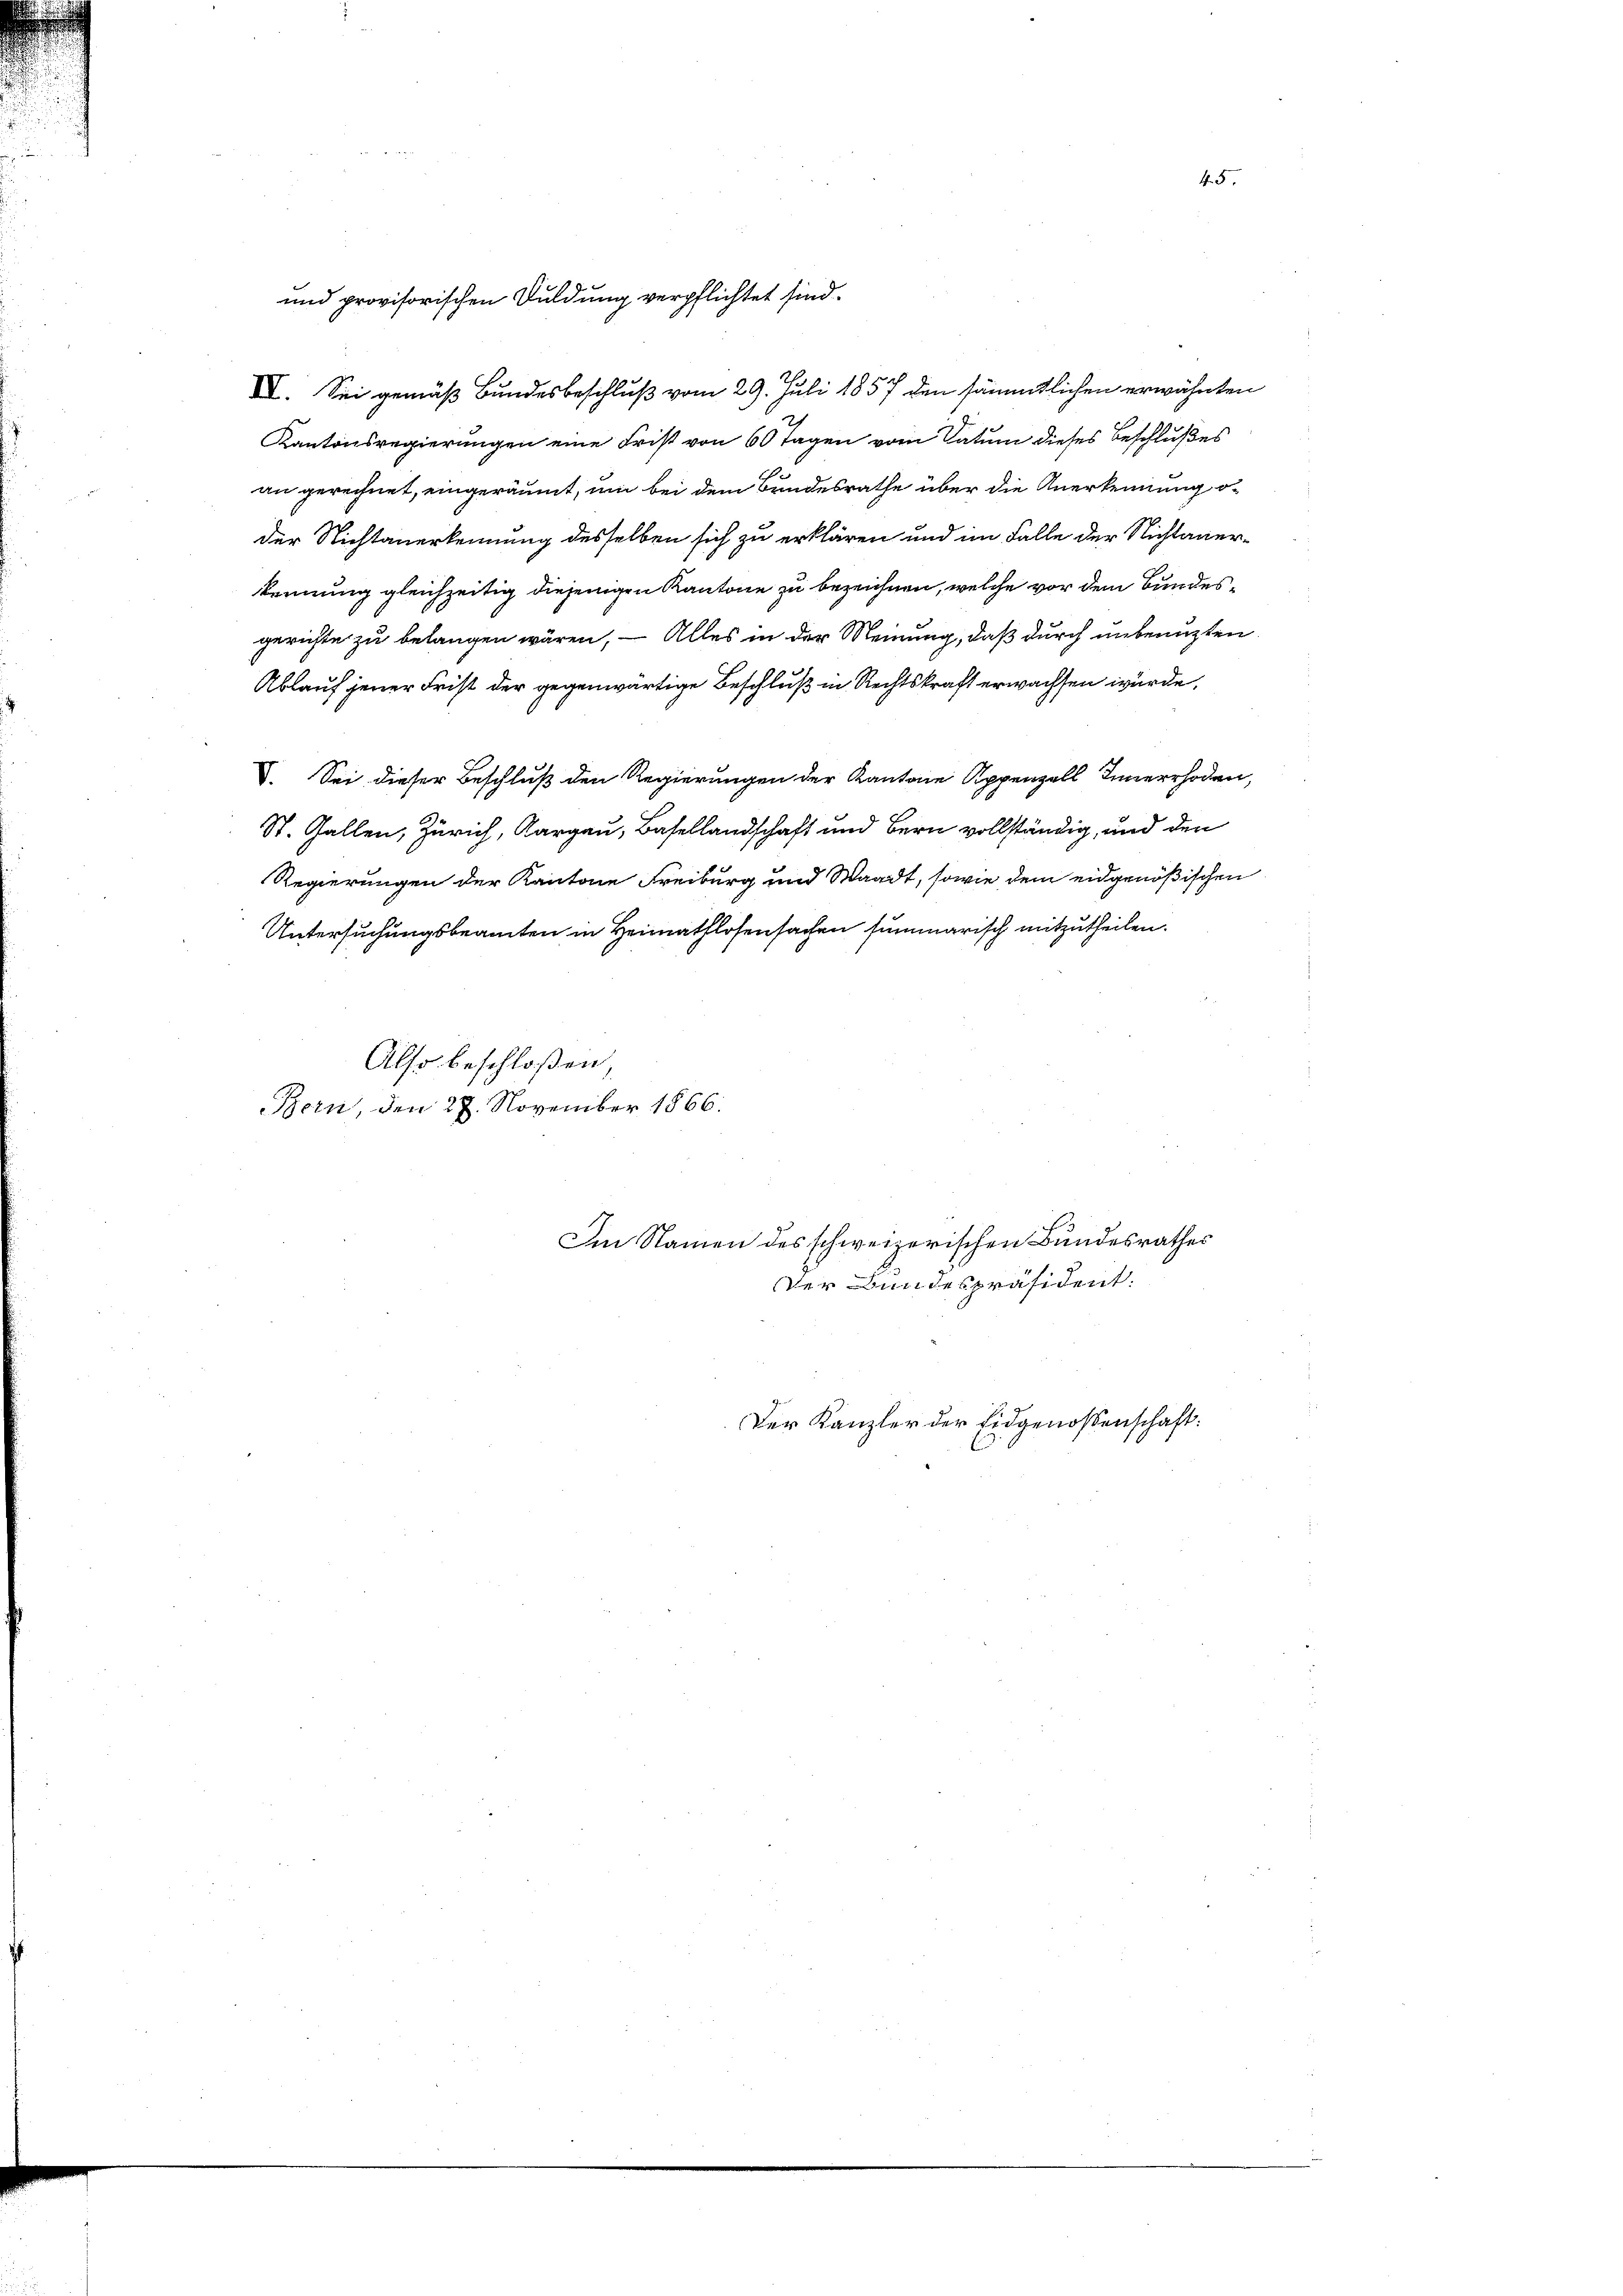
und provisorischen Duldung verpflichtet sind.

IV. Sei gemäß Bundesbeschluß vom 29. Juli 1857 den sämmtlichen erwähnten
Kantonsregierungen eine Frist von 60 Tagen vom Datum dieses Beschlußes
an gerechnet, eingeräumt, um bei dem Bundesrathe über die Anerkennung oder Nichtanerkennung desselben sich zu erklären und im Falle der Nichtanerkennung gleichzeitig diejenigen Kantone zu bezeichnen, welche vor dem Bundesgerichte zu belangen wären, – Alles in der Meinung, daß durch unbenuzten
Ablauf jener Frist der gegenwärtige Beschluß in Rechtskraft erwachsen würde,
V. Sei dieser Beschluß den Regierungen der Kantone Appenzell Innerrhoden,
St. Gallen, Zürich, Aargau, Basellandschaft und Bern vollständig, und den
Regierungen der Kantone Freiburg und Waadt, sowie dem eidgenößischen
Untersuchungsbeamten in Heimathlosensachen summarisch mitzutheilen.
Also beschloßen,
Bern, den 27. November 1866.
Im Namen des schweizerischen Bundesrathes
Der Bundespräsident:
Der Kanzler der Eidgenossenschaft:

4.5.